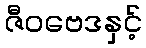
ဇီဝဗေဒနှင့်